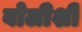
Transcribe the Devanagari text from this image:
बोलीशी